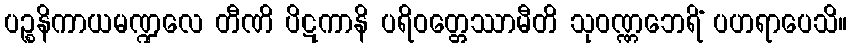
ပဉ္စနိကာယမဏ္ဍလေ တီဏိ ပိဋကာနိ ပရိဝတ္တေဿာမီတိ သုဝဏ္ဏဘေရိံ ပဟရာပေသိ။